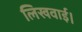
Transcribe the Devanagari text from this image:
लिखवाई।